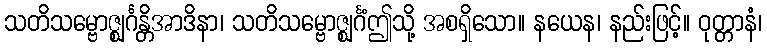
သတိသမ္ဗောဇ္ဈင်္ဂန္တိအာဒိနာ၊ သတိသမ္ဗောဇ္ဈင်္ဂံဤသို့ အစရှိသော။ နယေန၊ နည်းဖြင့်။ ဝုတ္တာနံ၊